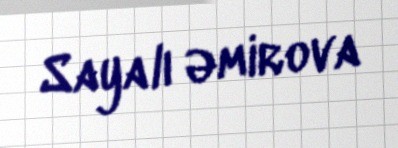
Sayalı Əmirova